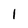
Character: I